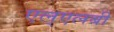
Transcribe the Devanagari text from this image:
एल्‌एलबी